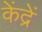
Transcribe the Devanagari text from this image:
केंद्रें